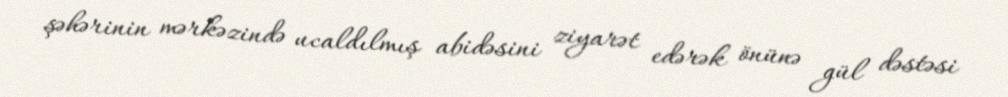
şəhərinin mərkəzində ucaldılmış abidəsini ziyarət edərək önünə gül dəstəsi